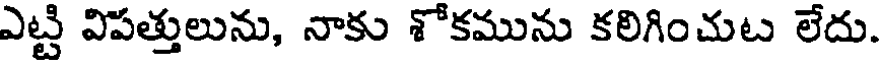
ఎట్టి విపత్తులును, నాకు శోకమును కలిగించుట లేదు.